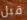
قبل